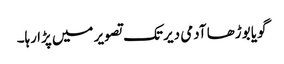
گویا بوڑھا آدمی دیر تک تصویر میں پڑا رہا۔